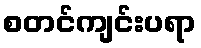
စတင်ကျင်းပရာ